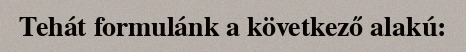
Tehát formulánk a következő alakú: